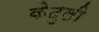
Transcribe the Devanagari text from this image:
केदुली